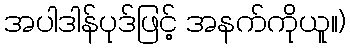
အပါဒါန်ပုဒ်ဖြင့် အနက်ကိုယူ။)